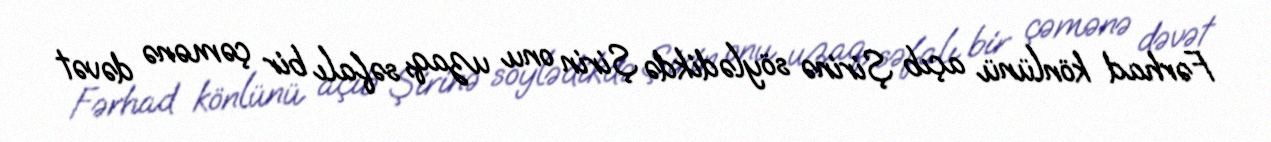
Fərhad könlünü açıb Şirinə söylədikdə Şirin onu uzaq, səfalı bir çəmənə dəvət